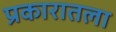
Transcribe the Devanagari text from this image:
प्रकारातला